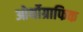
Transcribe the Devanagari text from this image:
ओर्थोग्राफिक